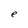
Character: e